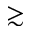
\gtrsim